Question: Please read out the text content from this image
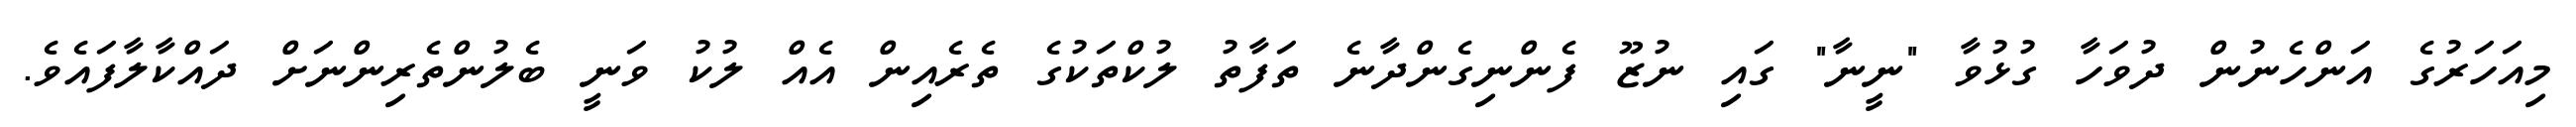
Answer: މިއަހަރުގެ އަންހެނުން ދުވަހާ ގުޅުވާ "ނީނާ" ގައި ނުޒޫ ފެންނިގެންދާނެ ތަފާތު ލުކްތަކުގެ ތެރެއިން އެއް ލުކު ވަނީ ބެލުންތެރިންނަށް ދައްކާލާފައެވެ.